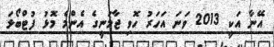
އޭނާ އަކީ 2013 ވަނަ އަހަރު ހޮވި ޖާމަނީގެ އެންމެ މޮޅު ފުޓްބޯޅަ